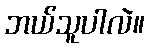
ဘယ်သူပါလဲ။